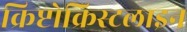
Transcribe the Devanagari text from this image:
क्रिप्टोक्रिस्टलाइन